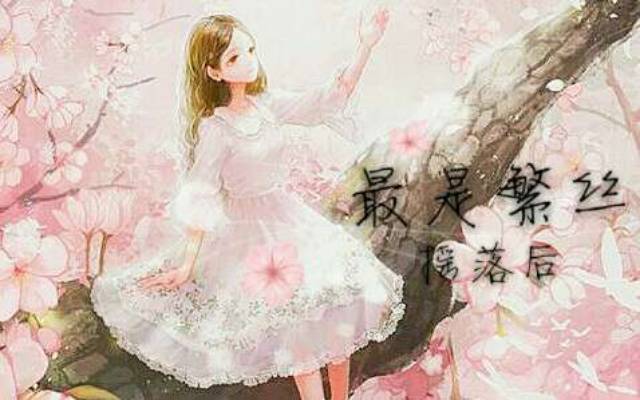
最是繁丝摇落后，转教人忆春山。